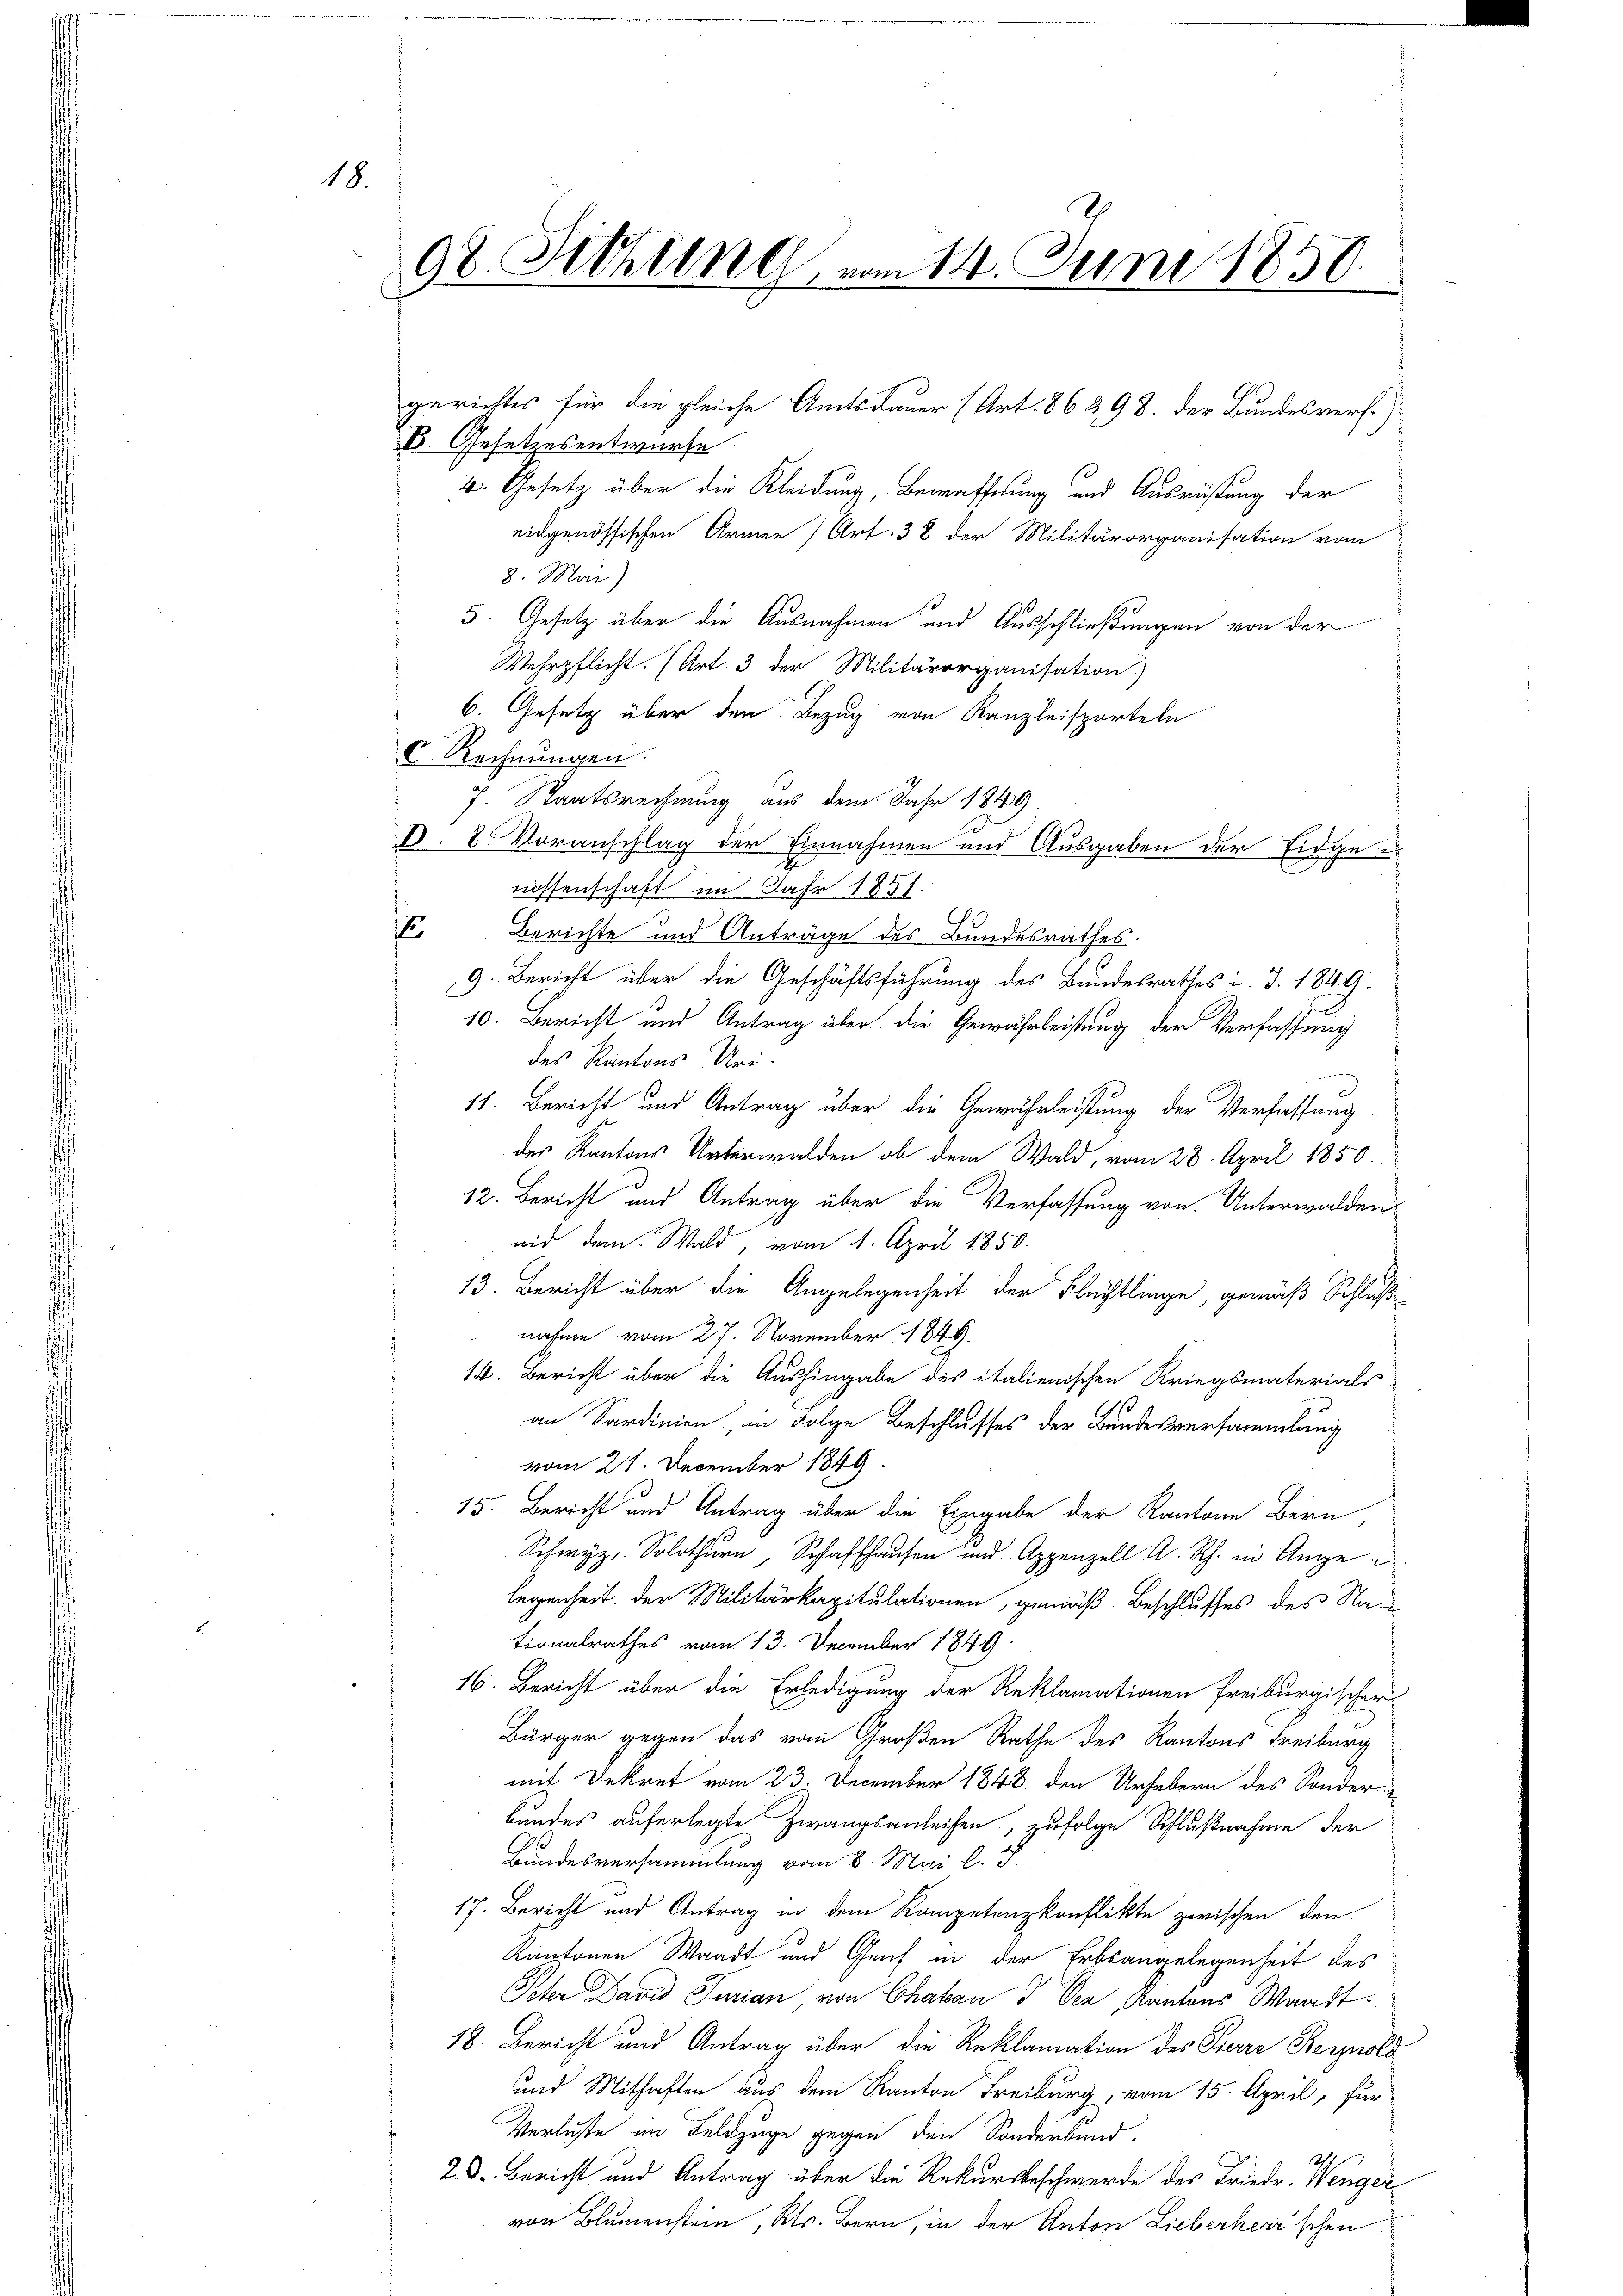
18.

98. Schling vom 14. Juni 1850.

B. Gesetzesentwurfe.
4. Gesetz über die Kleidung, Bewaffnung und Ausrüstung der
eidgenössischen Armen (Art. 38 der Militärorganisation vom
8. Mai)
5. Gesetz über die Ausnahmen und Ausschließungen von der
Wehrpflicht. (Art. 3 der Militärorganisation)
6. Gesetz über den Bezug von Kanzleisporteln.
C. Rechnungen.
7. Staatsrechnung aus dem Jahr 1849
D. 8. Voranschlag der Einnahmen und Ausgaben der Eidgenissenschaft im Jahr 1851.
V. Berichte und Anträge des Bundesrathes.
9. Bericht über die Geschäftsführung des Bundesrathes i. d. 1849.
10. Bericht und Antrag über die Gewährleistung der Verfassung
des Kantons Uri.
.
11. Bericht und Antrag über die Gewährleistung der Verfassung
des Kantons Unterwalden ob dem Wald, vom 28. April 1850.
12. Bericht und Antrag über die Verfassung von Unterwalden
nid dem Wald, vom 1. April 1850.
13. Bericht über die Angelegenheit der Flüchtlinge, gemäß Schluß
nahme vom 27. November 1849.
14. Bericht über die Aushingabe des italienischen Kriegsmaterials
an Sardinien in Folge Beschlusses der Bundesversammlung
vom 21. December 1849
15. Bericht und Antrag über die Eingabe der Kantone Bern,
Schwyz, Solothurn, Schaffhausen und Appenzell A. Rh. in Angelegenheit der Militärkapitulationen, gemäß Beschlusses des Nac
tionalrathes vom 13. December 1849
16. Bericht über die Erledigung der Reklamationen freiburgischer
Bürger gegen das vom Großen Rathe des Kantons Freiburg
mit Dekret vom 23. December 1848 den Urhebern des Sonder-
Bundes auferlegte Zwangsanleihen, zufolge Schlußnahme der
Bundesversammlung vom 8. Mai l. J.
17. Bericht und Antrag in dem Kompetenzkonflikte zwischen den
Kantonen Waadt und Genf in der Erbsangelegenheit des
Peter David Jurian, von Chaband den Kantons Waadt.
18. Bericht und Antrag über die Reklamation des Tiere Besprold
und Mithaften aus dem Kanton Freiburg, vom 15. April, für
Verluste im Feldzüge gegen den Sonderbund
28. Bericht und Antrag über die Rekursbeschwerde des Friedr. Wengervon Blumenstein, Kts. Bern, in der Anton Lieberherrschen

gerichtes für die gleiche Amtsdauer (Art. 86 298. der Bundesverf.